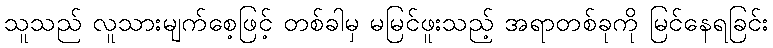
သူသည် လူသားမျက်စေ့ဖြင့် တစ်ခါမှ မမြင်ဖူးသည့် အရာတစ်ခုကို မြင်နေရခြင်း